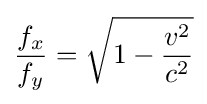
{\frac {f_{x}}{f_{y}}}={\sqrt {1-{\frac {v^{2}}{c^{2}}}}}